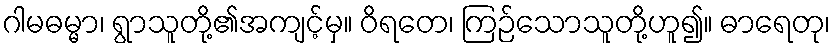
ဂါမဓမ္မာ၊ ရွာသူတို့၏အကျင့်မှ။ ဝိရတေ၊ ကြဉ်သောသူတို့ဟူ၍။ ဓာရေတု၊